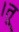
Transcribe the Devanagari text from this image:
।तू